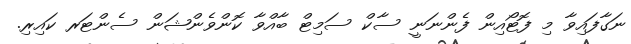
ނަގާފައިވާ މި ފޮޓޯއިން ފެންނަނީ ސާކް ސަމިޓް ބާއްވާ ކޮންވެންޝަން ސެންޓަރ ކައިރި.